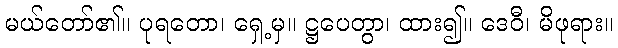
မယ်တော်၏။ ပုရတော၊ ရှေ့မှ။ ဋ္ဌပေတွာ၊ ထား၍။ ဒေဝီ၊ မိဖုရား။